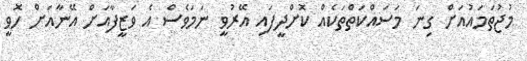
މުޖުތަމައުއަށް ގިނަ މަސައްކަތްތަކެއް ކޮށްދީފައި އޭރުވީ ނަމަވެސް އެ ވަޒީފާއަށް އޭނާއަށް ހޮވީ